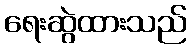
ရေးဆွဲထားသည်